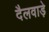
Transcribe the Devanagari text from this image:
दैलवाड़े